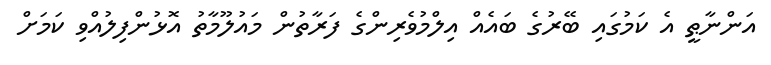
އަންނާޠީ އެ ކަމުގައި ބޭރުގެ ބައެއް އިލްމުވެރިންގެ ފަރާތުން މައުލޫމާތު އޮޅުންފިލުއްވި ކަމަށް